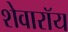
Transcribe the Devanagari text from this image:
शेवारॉय